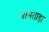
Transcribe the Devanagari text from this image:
आमताड़ा